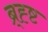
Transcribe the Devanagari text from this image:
ब्र्ह्ष्ट